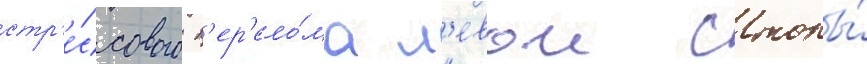
стр'е́ссового п'ер'ело́ма л'евои стопы́